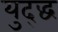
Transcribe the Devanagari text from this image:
युद्द्ध